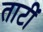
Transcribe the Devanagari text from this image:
ताटीं